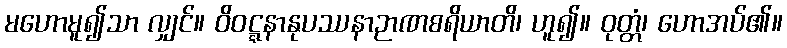
မဟောမူ၍သာ လျှင်။ ဝိဝဋ္ဋနာနုပဿနာဉာဏစရိယာတိ၊ ဟူ၍။ ဝုတ္တံ၊ ဟောအပ်၏။